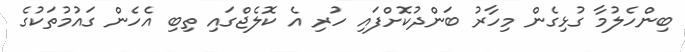
ބިންހެލުމާ ގުޅިގެން މިހާރު ބަންދުކޮށްފައި ހުރި އެ ކޮލެޖްގައި ތިބި އެހެން ގައުމުތަކުގެ